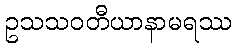
ဥသသဝတီယာနာမရဿ